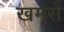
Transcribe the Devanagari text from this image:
खमसे